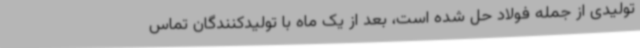
تولیدی از جمله فولاد حل شده است، بعد از یک ماه با تولیدکنندگان تماس